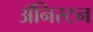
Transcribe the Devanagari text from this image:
ॲनिस्टन